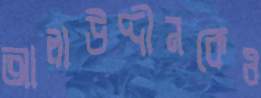
আলাউদ্দীনকেও